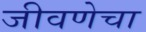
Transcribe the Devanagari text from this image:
जीवणेचा